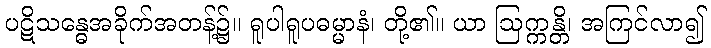
ပဋိသန္ဓေအခိုက်အတန့်၌။ ရူပါရူပဓမ္မာနံ၊ တို့၏။ ယာ ဩက္ကန္တိ၊ အကြင်လာ၍